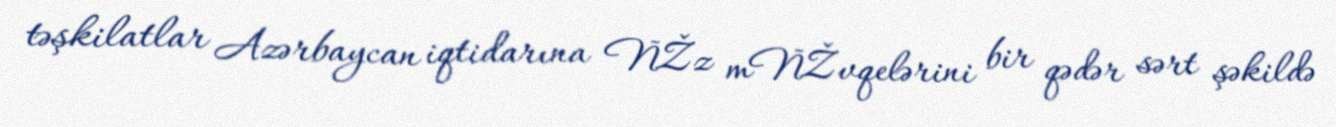
təşkilatlar Azərbaycan iqtidarına ÑŽz mÑŽvqelərini bir qədər sərt şəkildə